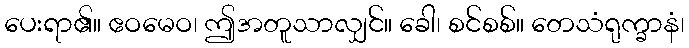
ပေးရာ၏။ ဧဝမေဝ၊ ဤအတူသာလျှင်။ ခေါ၊ စင်စစ်။ တေသံရုက္ခာနံ၊